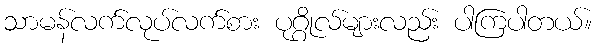
သာမန်လက်လုပ်လက်စား ပုဂ္ဂိုလ်များလည်း ပါကြပါတယ်။